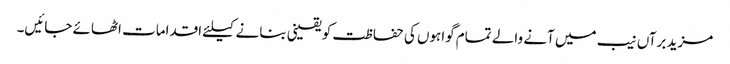
مزید برآں نیب میں آنے والے تمام گواہوں کی حفاظت کو یقینی بنانے کیلئے اقدامات اٹھائے جائیں۔